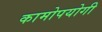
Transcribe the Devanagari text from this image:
कामोपयोगी